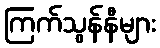
ကြက်သွန်နီများ